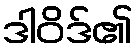
ဒါဝိဒ်၏